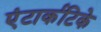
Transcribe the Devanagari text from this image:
एंटार्कटिके